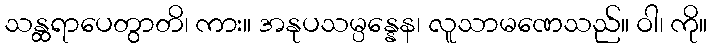
သန္ထရာပေတွာတိ၊ ကား။ အနုပသမ္ပန္နေန၊ လူသာမဏေသည်။ ဝါ၊ ကို။